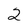
Character: 2